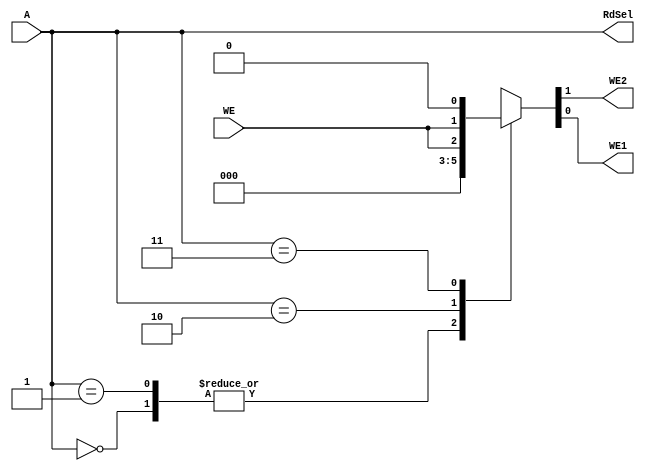
`timescale 1ns / 1ps
//////////////////////////////////////////////////////////////////////////////////
// Company: 
// Engineer: 
// 
// Design Name: 
// Module Name: gpio_ad
// Project Name: 
// Target Devices: 
// Tool Versions: 
// Description: 
// 
// Dependencies: 
// 
// Revision:
// Revision 0.01 - File Created
// Additional Comments:
// 
//////////////////////////////////////////////////////////////////////////////////


module gpio_ad(
    input [1:0]A,
    input WE,
    output reg WE2, WE1, 
    output [1:0]RdSel
    );
    
    assign RdSel = A;
    
    always @( WE, A ) begin
        case (A)
            2'b00: {WE2, WE1} = 2'b00;
            2'b01: {WE2, WE1} = 2'b00;
            2'b10: {WE2, WE1} = {1'b0, WE};
            2'b11: {WE2, WE1} = {WE, 1'b0};
            default: {WE2, WE1} = 2'bxx ;
        endcase
    end
    
endmodule